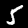
Label: 5